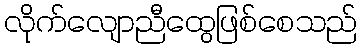
လိုက်လျောညီထွေဖြစ်စေသည်